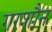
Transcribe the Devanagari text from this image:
गरशौन